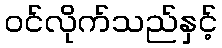
ဝင်လိုက်သည်နှင့်